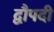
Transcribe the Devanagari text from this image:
द्वौपदी